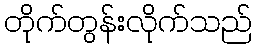
တိုက်တွန်းလိုက်သည်